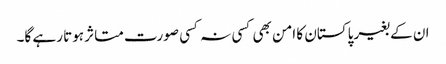
ان کے بغیر پاکستان کا امن بھی کسی نہ کسی صورت متاثر ہوتا رہے گا۔